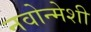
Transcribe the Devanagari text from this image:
नवोन्मेशी